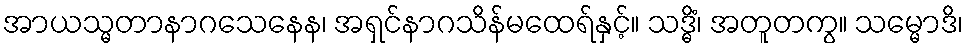
အာယသ္မတာနာဂသေနေန၊ အရှင်နာဂသိန်မထေရ်နှင့်။ သဒ္ဓိံ၊ အတူတကွ။ သမ္မောဒိ၊